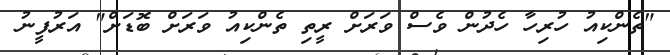
"ތެންކިއު ހުރިހާ ހެދުން ވެސް ވަރަށް ރީތި ތެންކިއު ވަރަށް ބޮޑަށް" އަރުފީނު